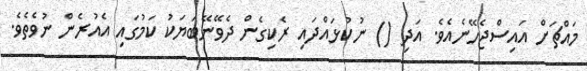
މައްޗަށް އައިސްޖެހޭނެއެވެ. އަދި () ނުކުޅައްދައި ރެކިގެން ދެވޭނޭބަޔަކު ކަމުގައި އެއުރެން ނުވެތެވެ.